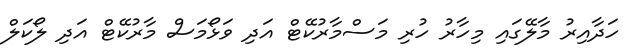
ހަދާއިރު މާލޭގައި މިހާރު ހުރި މަސްމާރުކޭޓް އަދި ވަޅޯމަސް މާރުކޭޓް އަދި ލޯކަލް